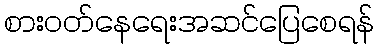
စားဝတ်နေရေးအဆင်ပြေစေရန်